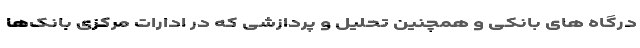
درگاه های بانکی و همچنین تحلیل و پردازشی که در ادارات مرکزی بانک‌ها